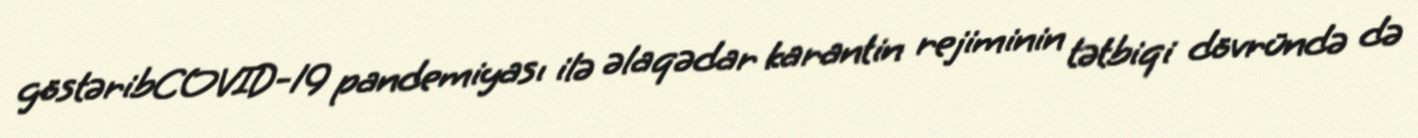
göstəribCOVID-19 pandemiyası ilə əlaqədar karantin rejiminin tətbiqi dövründə də